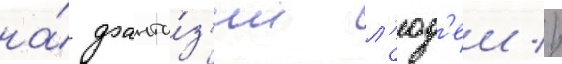
на́ фанта́з'ии л'юд'еи //